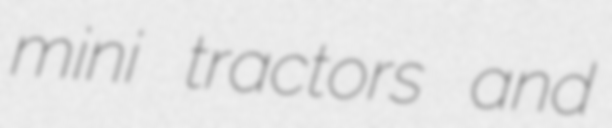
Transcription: mini tractors and